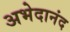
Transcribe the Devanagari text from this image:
अभेदानंद